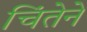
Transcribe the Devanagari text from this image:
चिंतेने